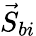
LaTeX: \vec{S}_{bi}